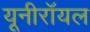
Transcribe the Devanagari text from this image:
यूनीरॉयल